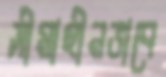
সীমাহীনভাবে